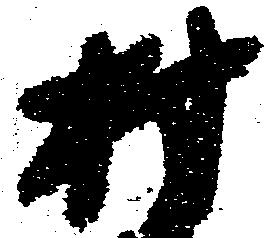
村